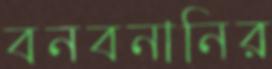
বনবনানির